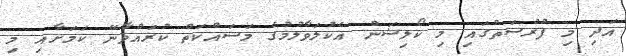
އަދި މި ފުރުސަތުގައި މި ކޯލިޝަން އެކުލަވާލުމުގެ މަސައްކަތް ކުރައްވާނޭ ކަމަށާއި މި